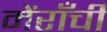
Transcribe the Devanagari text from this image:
मेंराँची